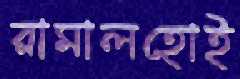
রামালহোই